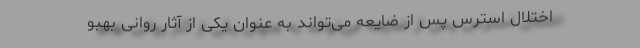
اختلال استرس پس از ضایعه می‌تواند به عنوان یکی از آثار روانی بهبو